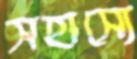
সহাস্যে